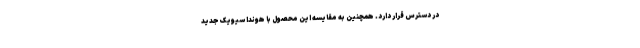
در دسترس قرار دارد. همچنین به مقایسه این محصول با هوندا سیویک جدید